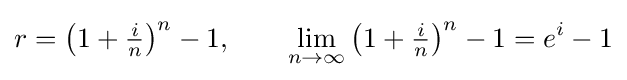
r=\left(1+{\tfrac {i}{n}}\right)^{n}-1,\qquad \lim _{n\to \infty }\left(1+{\tfrac {i}{n}}\right)^{n}-1=e^{i}-1